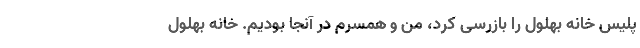
پلیس خانه بهلول را بازرسی کرد، من و همسرم در آنجا بودیم. خانه بهلول